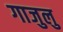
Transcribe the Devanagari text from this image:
गाजुलु